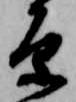
原